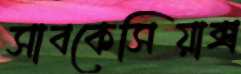
সাবকেসিয়াক্স